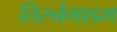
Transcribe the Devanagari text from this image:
तिरुवेंगाडम